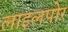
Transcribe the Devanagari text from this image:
लाइलपोर